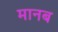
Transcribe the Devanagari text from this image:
मानब